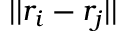
| | r _ { i } - r _ { j } | |